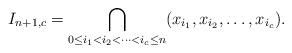
LaTeX: \begin{align*}I_{n+1, c} = \bigcap_{0 \le i_1 < i_2 < \cdots < i_c \le n} (x_{i_1}, x_{i_2},\ldots,x_{i_c}).\end{align*}